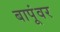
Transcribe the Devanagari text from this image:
बापूंवर